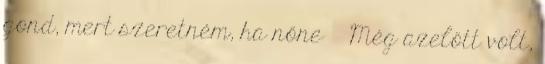
gond, mert szeretném, ha nőne Még azelőtt volt,